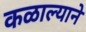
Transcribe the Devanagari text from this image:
कळाल्याने